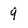
Character: 9